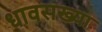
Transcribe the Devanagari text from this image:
धावसख्या